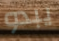
يبدو